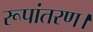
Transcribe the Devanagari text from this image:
रूपांतरण।